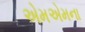
એમએમના